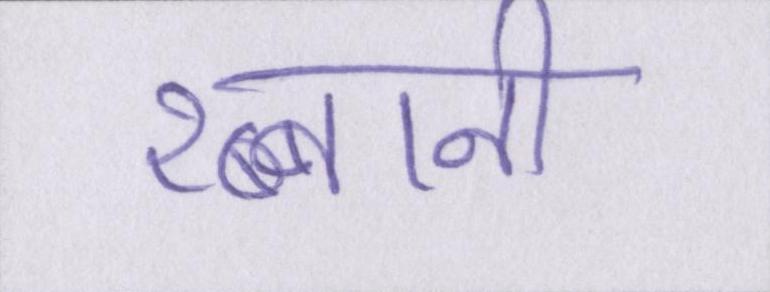
रब्बानी